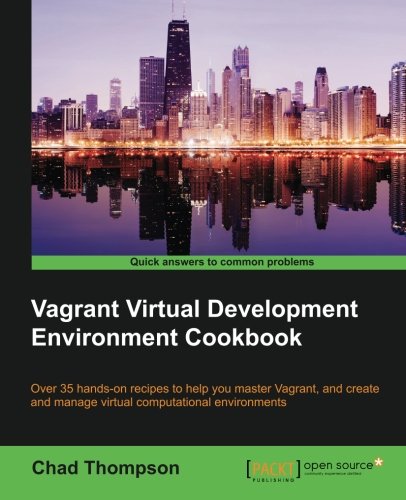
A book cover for Vagrant Virtual Development Environment Cookbook; Chad Thompson; Computers & Technology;